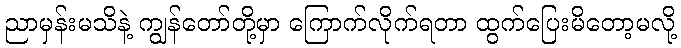
ညာမှန်းမသိနဲ့ ကျွန်တော်တို့မှာ ကြောက်လိုက်ရတာ ထွက်ပြေးမိတော့မလို့